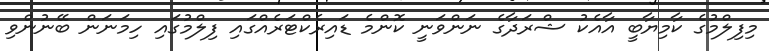
މިފިލްމުގެ ކާމިޔާބީ އާއެކު ޝްރަދާގެ ނަންވަނީ ކޮންމެ ޑައިރެކްޓަރެއްގައި ފިލްމުގައި ހިމަނަން ބޭނުންވި